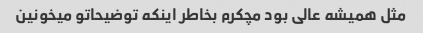
مثل همیشه عالی بود مچکرم بخاطر اینکه توضیحاتو میخونین